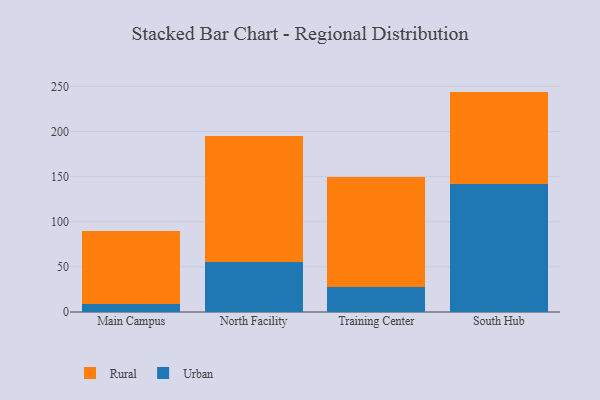
{"axis": {"x": "Campus", "y": "Production Output"}, "legend": ["Rural", "Urban"], "data": [{"x": "Main Campus", "y": 8.7, "type": "Urban"}, {"x": "Main Campus", "y": 81.3, "type": "Rural"}, {"x": "North Facility", "y": 55.1, "type": "Urban"}, {"x": "North Facility", "y": 140.2, "type": "Rural"}, {"x": "Training Center", "y": 27.9, "type": "Urban"}, {"x": "Training Center", "y": 121.9, "type": "Rural"}, {"x": "South Hub", "y": 142.4, "type": "Urban"}, {"x": "South Hub", "y": 101.9, "type": "Rural"}]}